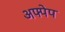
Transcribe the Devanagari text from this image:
अफ्पेप